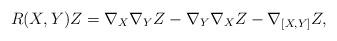
LaTeX: \begin{align*}R(X,Y)Z=\nabla_X\nabla_Y Z - \nabla_Y\nabla_X Z-\nabla_{[X,Y]}Z,\end{align*}